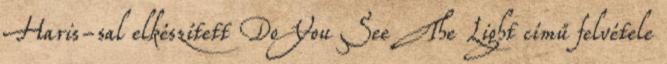
Haris-sal elkészített Do You See The Light című felvétele